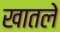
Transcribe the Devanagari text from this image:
खातले